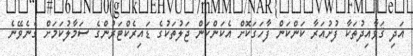
އަދި ޤަވާއިދުތަކާ ފުށުއަރާ ކަންކަން ފާހަގަކޮށް އެކަންކަން ޖަލުތަކުގެ ޑައިރެކްޓަރުންގެ ސަމާލުކަމަށް ގެނެވޭނެ